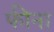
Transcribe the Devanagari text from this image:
फीना